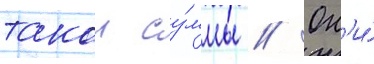
такои су́ммы // Он'и́